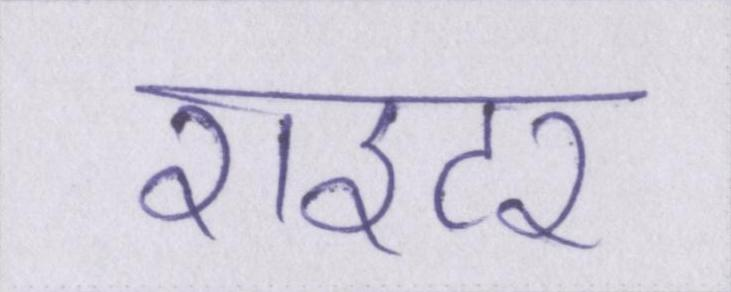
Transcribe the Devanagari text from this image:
राइटर